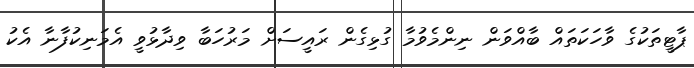
ޕާޓީތަކުގެ ވާހަކަތައް ބާއްވަން ނިންމެވުމާ ގުޅިގެން ރައީސަށް މަރުހަބާ ވިދާޅުވީ އެމަނިކުފާނާ އެކު